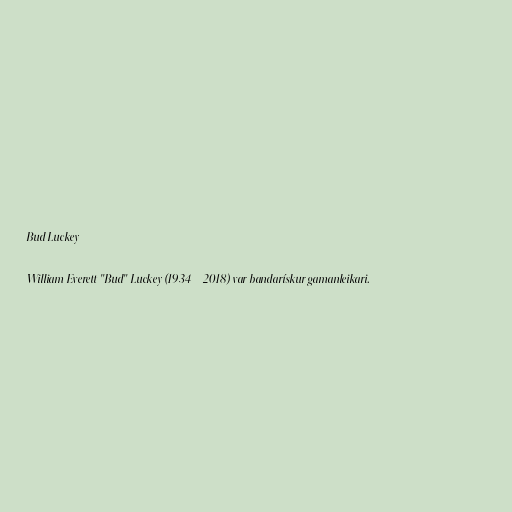
Bud Luckey

William Everett "Bud" Luckey (1934 – 2018) var bandarískur gamanleikari.